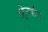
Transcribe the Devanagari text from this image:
स्ट्रेनशॅम